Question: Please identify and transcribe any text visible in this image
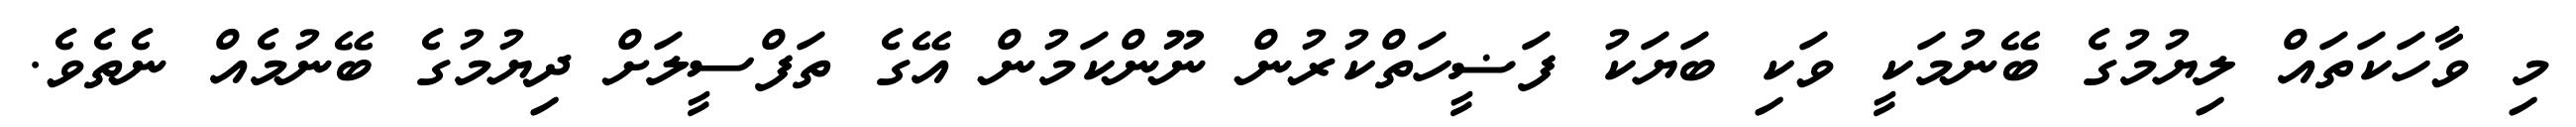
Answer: މި ވާހަކަތައް ލިޔުމުގެ ބޭނުމަކީ ވަކި ބަޔަކު ފަޟީހަތްކުރުން ނޫންކަމުން އޭގެ ތަފްސީލަށް ދިޔުމުގެ ބޭނުމެއް ނެތެވެ.